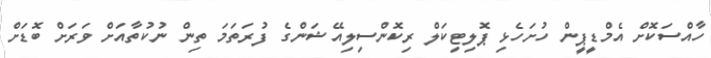
ހާއްސަކޮށް އެމްޑީޕީން ހުށަހެޅި ޕޮލިޓިކަލް ރިކޮންސިލިއޭޝަންގެ ފުރަތަމަ ތިން ނުކުތާއަށް ވަރަށް ބޮޑަށް